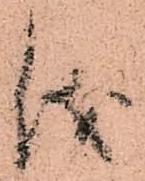
儀